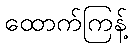
ထောက်ကြန့်